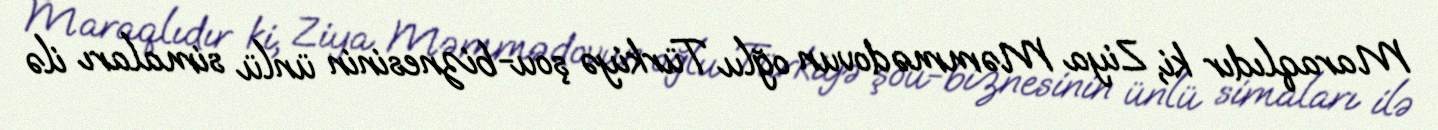
Maraqlıdır ki, Ziya Məmmədovun oğlu Türkiyə şou-biznesinin ünlü simaları ilə